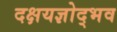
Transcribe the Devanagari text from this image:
दक्षयज्ञोद्भव